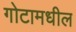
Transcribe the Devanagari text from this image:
गोटामधील